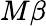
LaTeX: M\beta